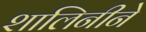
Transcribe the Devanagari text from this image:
शालिनीने